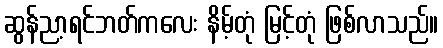
ဆွန်ညာ့ရင်ဘတ်ကလေး နိမ့်တုံ မြင့်တုံ ဖြစ်လာသည်။